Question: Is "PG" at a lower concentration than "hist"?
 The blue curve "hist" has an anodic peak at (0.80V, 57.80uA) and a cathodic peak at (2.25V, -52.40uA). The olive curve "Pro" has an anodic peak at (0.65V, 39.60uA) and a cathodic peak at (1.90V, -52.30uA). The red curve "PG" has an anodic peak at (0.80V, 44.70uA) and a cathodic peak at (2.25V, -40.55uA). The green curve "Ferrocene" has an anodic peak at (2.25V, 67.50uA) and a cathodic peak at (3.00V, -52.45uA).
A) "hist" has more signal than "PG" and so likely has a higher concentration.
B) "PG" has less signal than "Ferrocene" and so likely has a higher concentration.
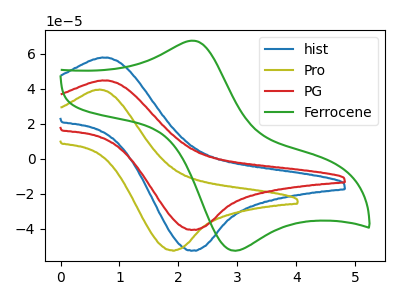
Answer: <think>All the peaks in "hist" have a peak in "PG" at the same potential. Every peak in "hist" is higher than every peak in "PG".
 </think>
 <answer>A) "hist" has more signal than "PG" and so likely has a higher concentration.</answer>
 <eval>A</eval>